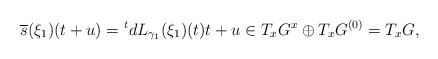
\begin{align*} \overline{s}(\xi_1)(t+u)={}^tdL_{\gamma_1}(\xi_1)(t) t+u \in T_x G^x\oplus T_xG^{(0)}=T_xG,\end{align*}